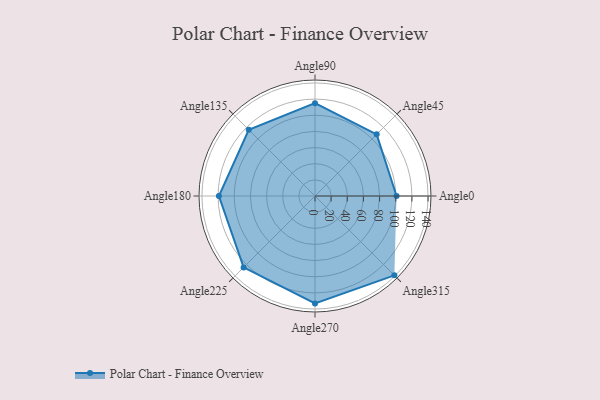
{"axis": {"x": "Angle", "y": "Radius"}, "legend": [""], "data": [{"x": "Angle0", "y": 101.0, "type": ""}, {"x": "Angle45", "y": 108.0, "type": ""}, {"x": "Angle90", "y": 115.0, "type": ""}, {"x": "Angle135", "y": 116.0, "type": ""}, {"x": "Angle180", "y": 119.0, "type": ""}, {"x": "Angle225", "y": 125.0, "type": ""}, {"x": "Angle270", "y": 133.0, "type": ""}, {"x": "Angle315", "y": 139.0, "type": ""}]}